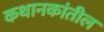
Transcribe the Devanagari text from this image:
कथानकांतील